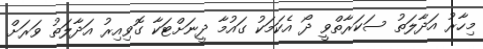
މިހާރު އަދާލަތު ސަކަރާތްވީ ދޯ އެކަމަކު ގައުމާ ދީނަށްޓަކާ ގޮވިއިރު އަދާލަތު ވަރަށް